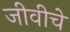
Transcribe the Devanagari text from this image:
जीवीचे